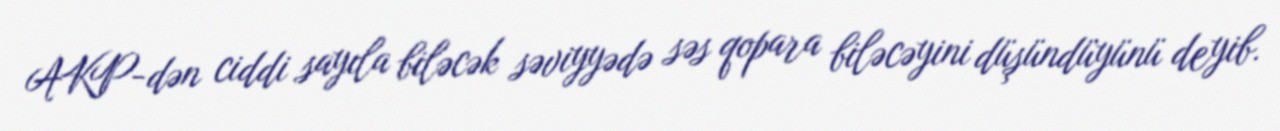
AKP-dən ciddi sayıla biləcək səviyyədə səs qopara biləcəyini düşündüyünü deyib.